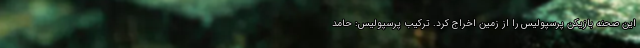
این صحنه بازیکن پرسپولیس را از زمین اخراج کرد. ترکیب پرسپولیس: حامد